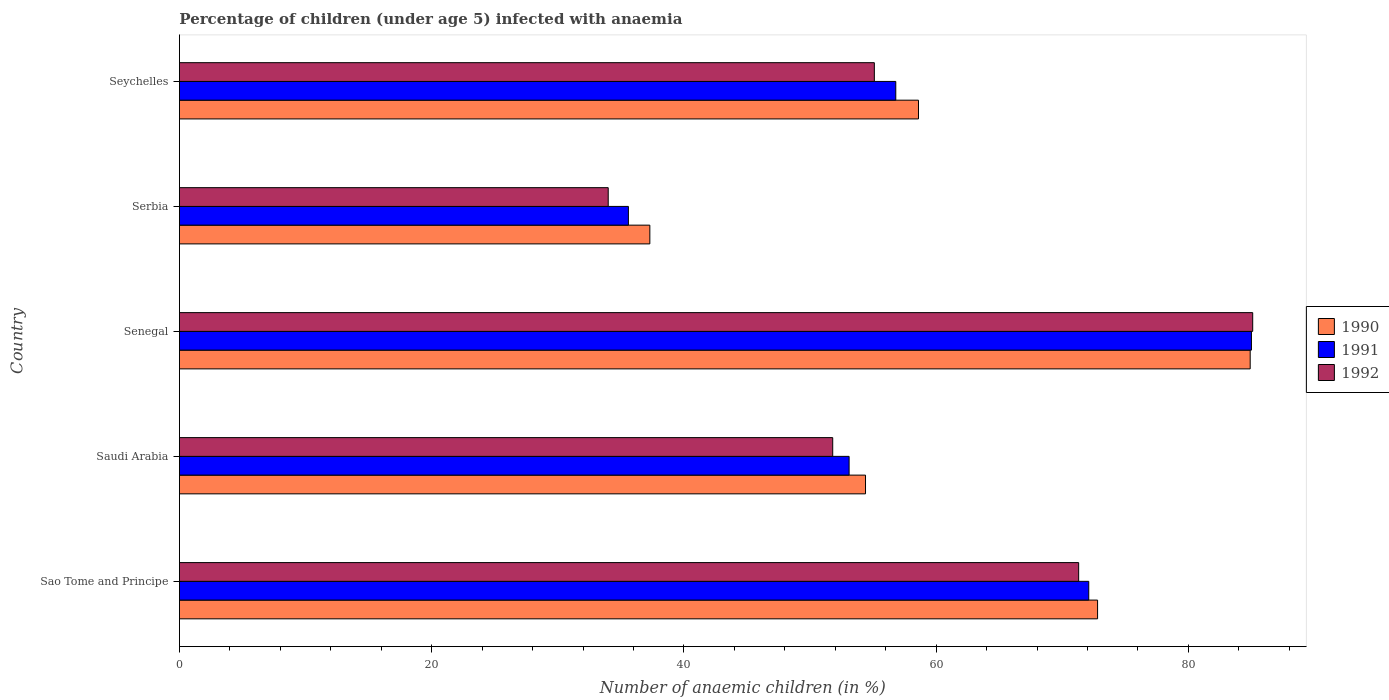
| Country | 1990 | 1991 | 1992 |
 | --- | --- | --- | --- |
 | Sao Tome and Principe | 72.8 | 72.1 | 71.3 |
 | Saudi Arabia | 54.4 | 53.1 | 51.8 |
 | Senegal | 84.9 | 85 | 85.1 |
 | Serbia | 37.3 | 35.6 | 34 |
 | Seychelles | 58.6 | 56.8 | 55.1 |